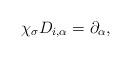
LaTeX: \begin{align*} \chi_{\sigma}D_{i,\alpha}=\partial_\alpha, \end{align*}